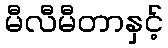
မီလီမီတာနှင့်